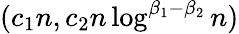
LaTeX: (c_{1}n,c_{2}n\log^{\beta_{1}-\beta_{2}}n)